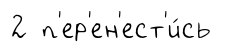
2 п'ер'ен'ест'и́сь